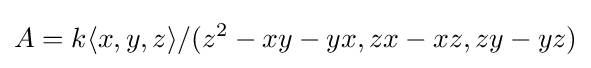
A=k\langle x,y,z\rangle /(z^{2}-xy-yx,zx-xz,zy-yz)